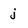
Character: j